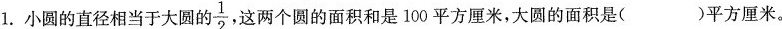
1.小圆的直径相当于大圆的\frac{1}{2}，这两个圆的面积和是100平方厘米，大圆的面积是()平方厘米。